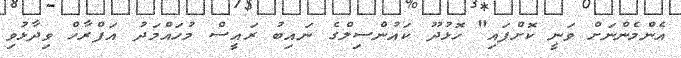
އެންމެންނަށް ވަނީ ކޮށްފައި" ހޮޅުދޫ ކައުންސިލްގެ ނައިބު ރައީސް މުހައްމަދު އަފްރާހް ވިދާޅުވި